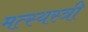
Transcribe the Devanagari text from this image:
मत्स्यस्त्री